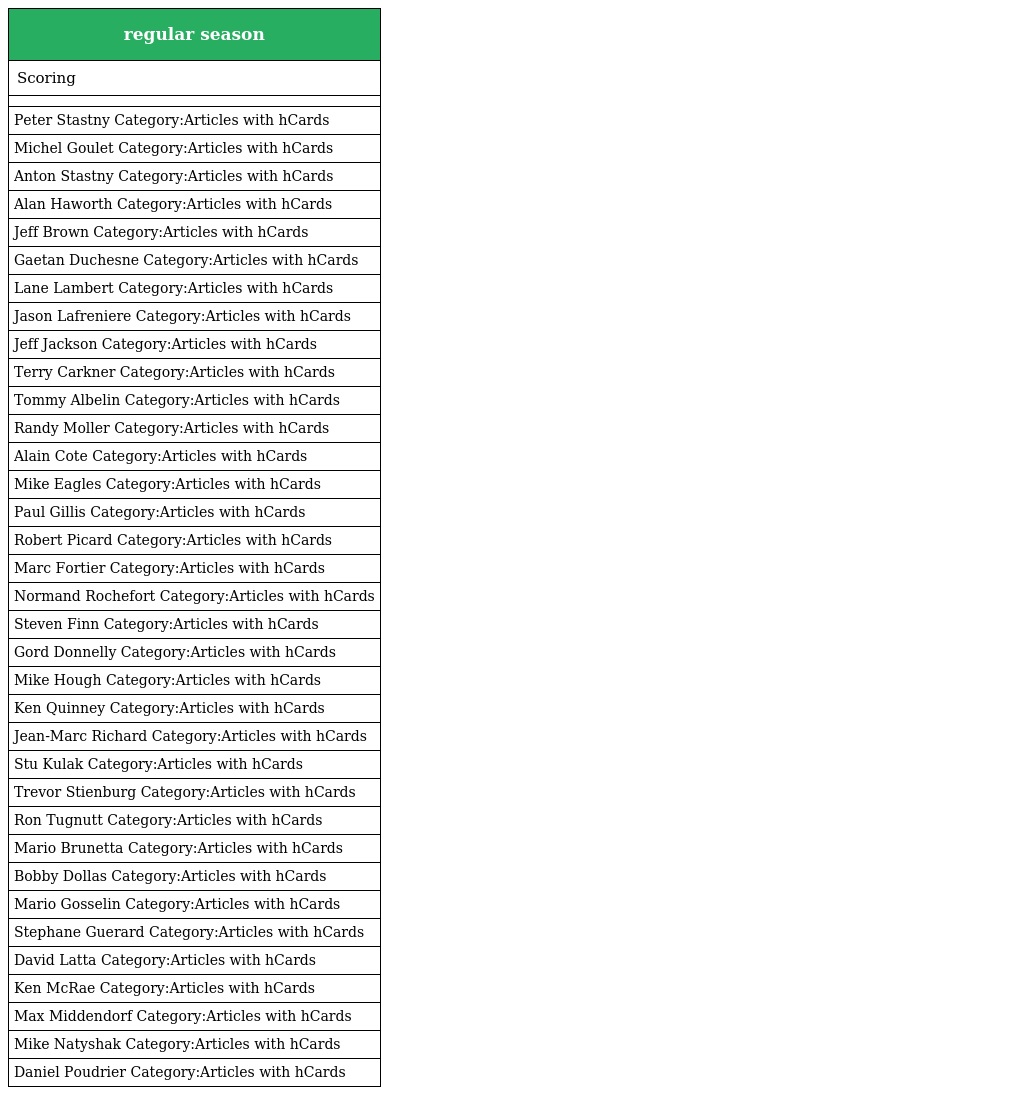
| regular season |
 | --- |
 | Scoring |
 |  |
 | Peter Stastny Category:Articles with hCards |
 | Michel Goulet Category:Articles with hCards |
 | Anton Stastny Category:Articles with hCards |
 | Alan Haworth Category:Articles with hCards |
 | Jeff Brown Category:Articles with hCards |
 | Gaetan Duchesne Category:Articles with hCards |
 | Lane Lambert Category:Articles with hCards |
 | Jason Lafreniere Category:Articles with hCards |
 | Jeff Jackson Category:Articles with hCards |
 | Terry Carkner Category:Articles with hCards |
 | Tommy Albelin Category:Articles with hCards |
 | Randy Moller Category:Articles with hCards |
 | Alain Cote Category:Articles with hCards |
 | Mike Eagles Category:Articles with hCards |
 | Paul Gillis Category:Articles with hCards |
 | Robert Picard Category:Articles with hCards |
 | Marc Fortier Category:Articles with hCards |
 | Normand Rochefort Category:Articles with hCards |
 | Steven Finn Category:Articles with hCards |
 | Gord Donnelly Category:Articles with hCards |
 | Mike Hough Category:Articles with hCards |
 | Ken Quinney Category:Articles with hCards |
 | Jean-Marc Richard Category:Articles with hCards |
 | Stu Kulak Category:Articles with hCards |
 | Trevor Stienburg Category:Articles with hCards |
 | Ron Tugnutt Category:Articles with hCards |
 | Mario Brunetta Category:Articles with hCards |
 | Bobby Dollas Category:Articles with hCards |
 | Mario Gosselin Category:Articles with hCards |
 | Stephane Guerard Category:Articles with hCards |
 | David Latta Category:Articles with hCards |
 | Ken McRae Category:Articles with hCards |
 | Max Middendorf Category:Articles with hCards |
 | Mike Natyshak Category:Articles with hCards |
 | Daniel Poudrier Category:Articles with hCards |